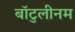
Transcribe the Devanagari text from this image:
बॉटुलीनम